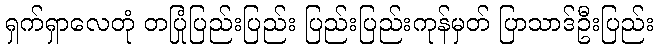
ရှက်ရှာလေတုံ တပြုံပြည်းပြည်း ပြည်းပြည်းကုန်မှတ် ပြာသာဒ်ဦးပြည်း